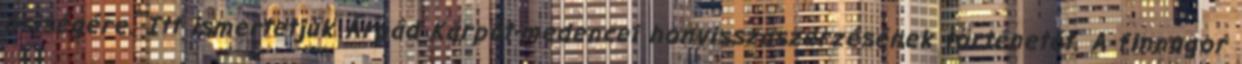
ősiségére. Itt ismertetjük Árpád Kárpát-medencei honvisszaszerzésének történetét. A finnugor